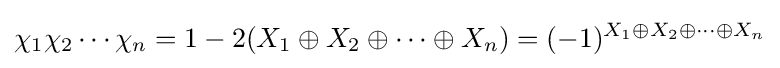
\chi _{1}\chi _{2}\cdots \chi _{n}=1-2(X_{1}\oplus X_{2}\oplus \cdots \oplus X_{n})=(-1)^{X_{1}\oplus X_{2}\oplus \cdots \oplus X_{n}}